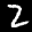
Label: 2